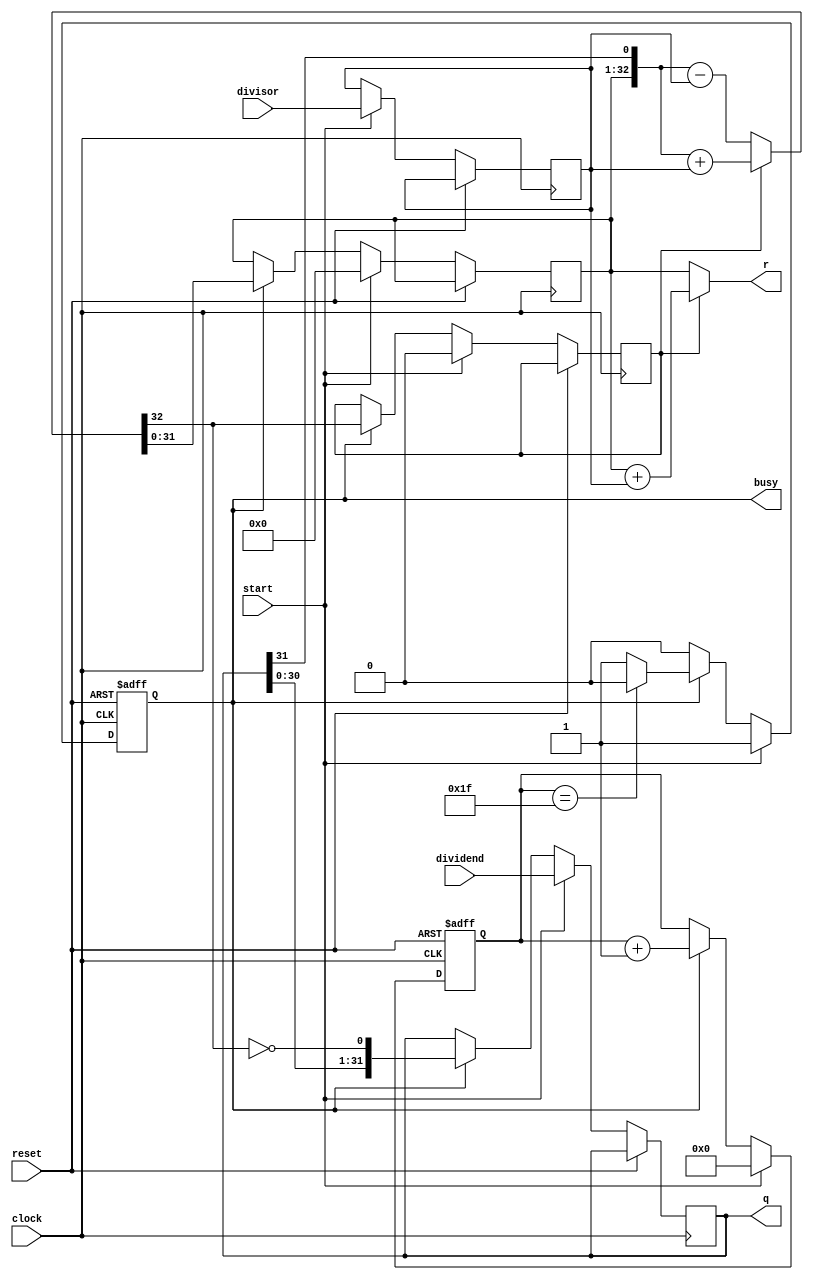
`timescale 1ns / 1ps
//////////////////////////////////////////////////////////////////////////////////
// Company: 
// Engineer: 
// 
// Design Name: 
// Module Name: DIVU
// Project Name: 
// Target Devices: 
// Tool Versions: 
// Description: 
// 
// Dependencies: 
// 
// Revision:
// Revision 0.01 - File Created
// Additional Comments:
// 
//////////////////////////////////////////////////////////////////////////////////


module DIVU(
input [31:0]dividend,//
input [31:0]divisor,//
input start,
input clock,
input reset,
output [31:0]q,
output [31:0]r,
output reg busy
    );
    reg [7:0]count;
    reg [31:0]reg_q;
    reg [31:0]reg_r;
    reg [31:0]reg_b;
    reg r_sign;
    wire [32:0]sub_add;
    assign sub_add=r_sign?{reg_r,q[31]}+{1'b0,reg_b}:{reg_r,q[31]}-{1'b0,reg_b};//
    always@(posedge clock or posedge reset)begin
    if(reset)begin
    count<=8'b0;
    busy<=0;
    end
    else begin
    if(start)begin
    reg_r<=31'b0;
    r_sign<=0;
    reg_q<=dividend;
    reg_b<=divisor;
    count<=8'b0;
    busy<=1'b1;
    end
    else if(busy)begin
    reg_r<=sub_add[31:0];//regg_r
    r_sign<=sub_add[32];
    reg_q<={reg_q[30:0],~sub_add[32]};
    count<=count+8'b1;
    if(count==8'd31)busy<=0;
    end
    end
    end
    assign r=r_sign?reg_r+reg_b:reg_r;
    assign q=reg_q;
endmodule